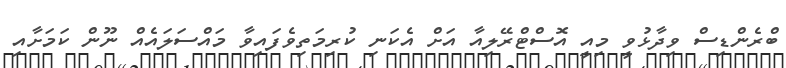
ބްރެންޑިސް ވިދާޅުވީ މިއީ އޮސްޓްރޭލިއާ އަށް އެކަނި ކުރިމަތިވެފައިވާ މައްސަލައެއް ނޫން ކަމަށާއި